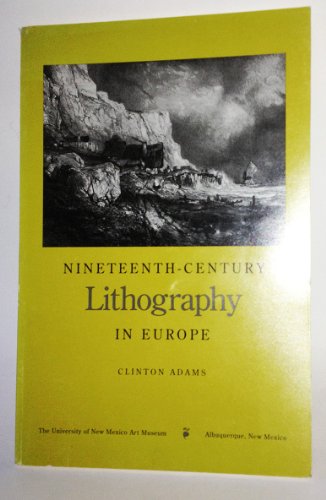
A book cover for Nineteenth-Century Lithography in Europe; Adams Clinton; Arts & Photography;